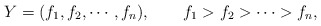
\begin{align*}Y=(f_1,f_2,\cdots,f_n), \qquad f_1>f_2>\cdots>f_n,\end{align*}